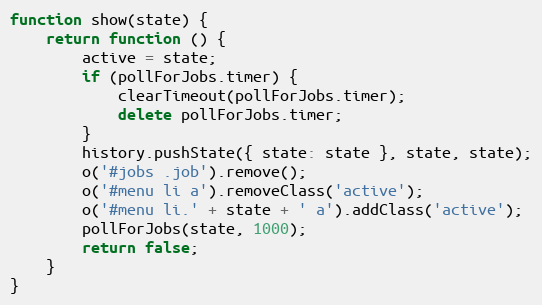
Language: JavaScript
function show(state) {
    return function () {
        active = state;
        if (pollForJobs.timer) {
            clearTimeout(pollForJobs.timer);
            delete pollForJobs.timer;
        }
        history.pushState({ state: state }, state, state);
        o('#jobs .job').remove();
        o('#menu li a').removeClass('active');
        o('#menu li.' + state + ' a').addClass('active');
        pollForJobs(state, 1000);
        return false;
    }
}